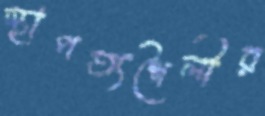
স্থাপত্যশৈলীর